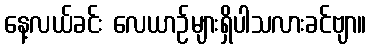
နေ့လယ်ခင်း လေယာဉ်များရှိပါသလားခင်ဗျာ။